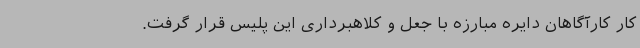
کار کارآگاهان دایره مبارزه با جعل و کلاهبرداری این پلیس قرار گرفت.